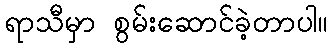
ရာသီမှာ စွမ်းဆောင်ခဲ့တာပါ။